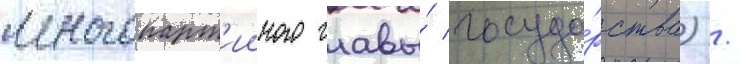
многопарт'ииного главы́ госуда́рства) /